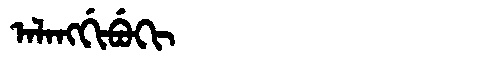
Manchu: ᠠᠯᠠᠩᡤᡳᠪᡠᡴᡳ
Romanization: ALANGGIBUKI